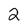
Character: 2